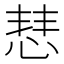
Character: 𢜎